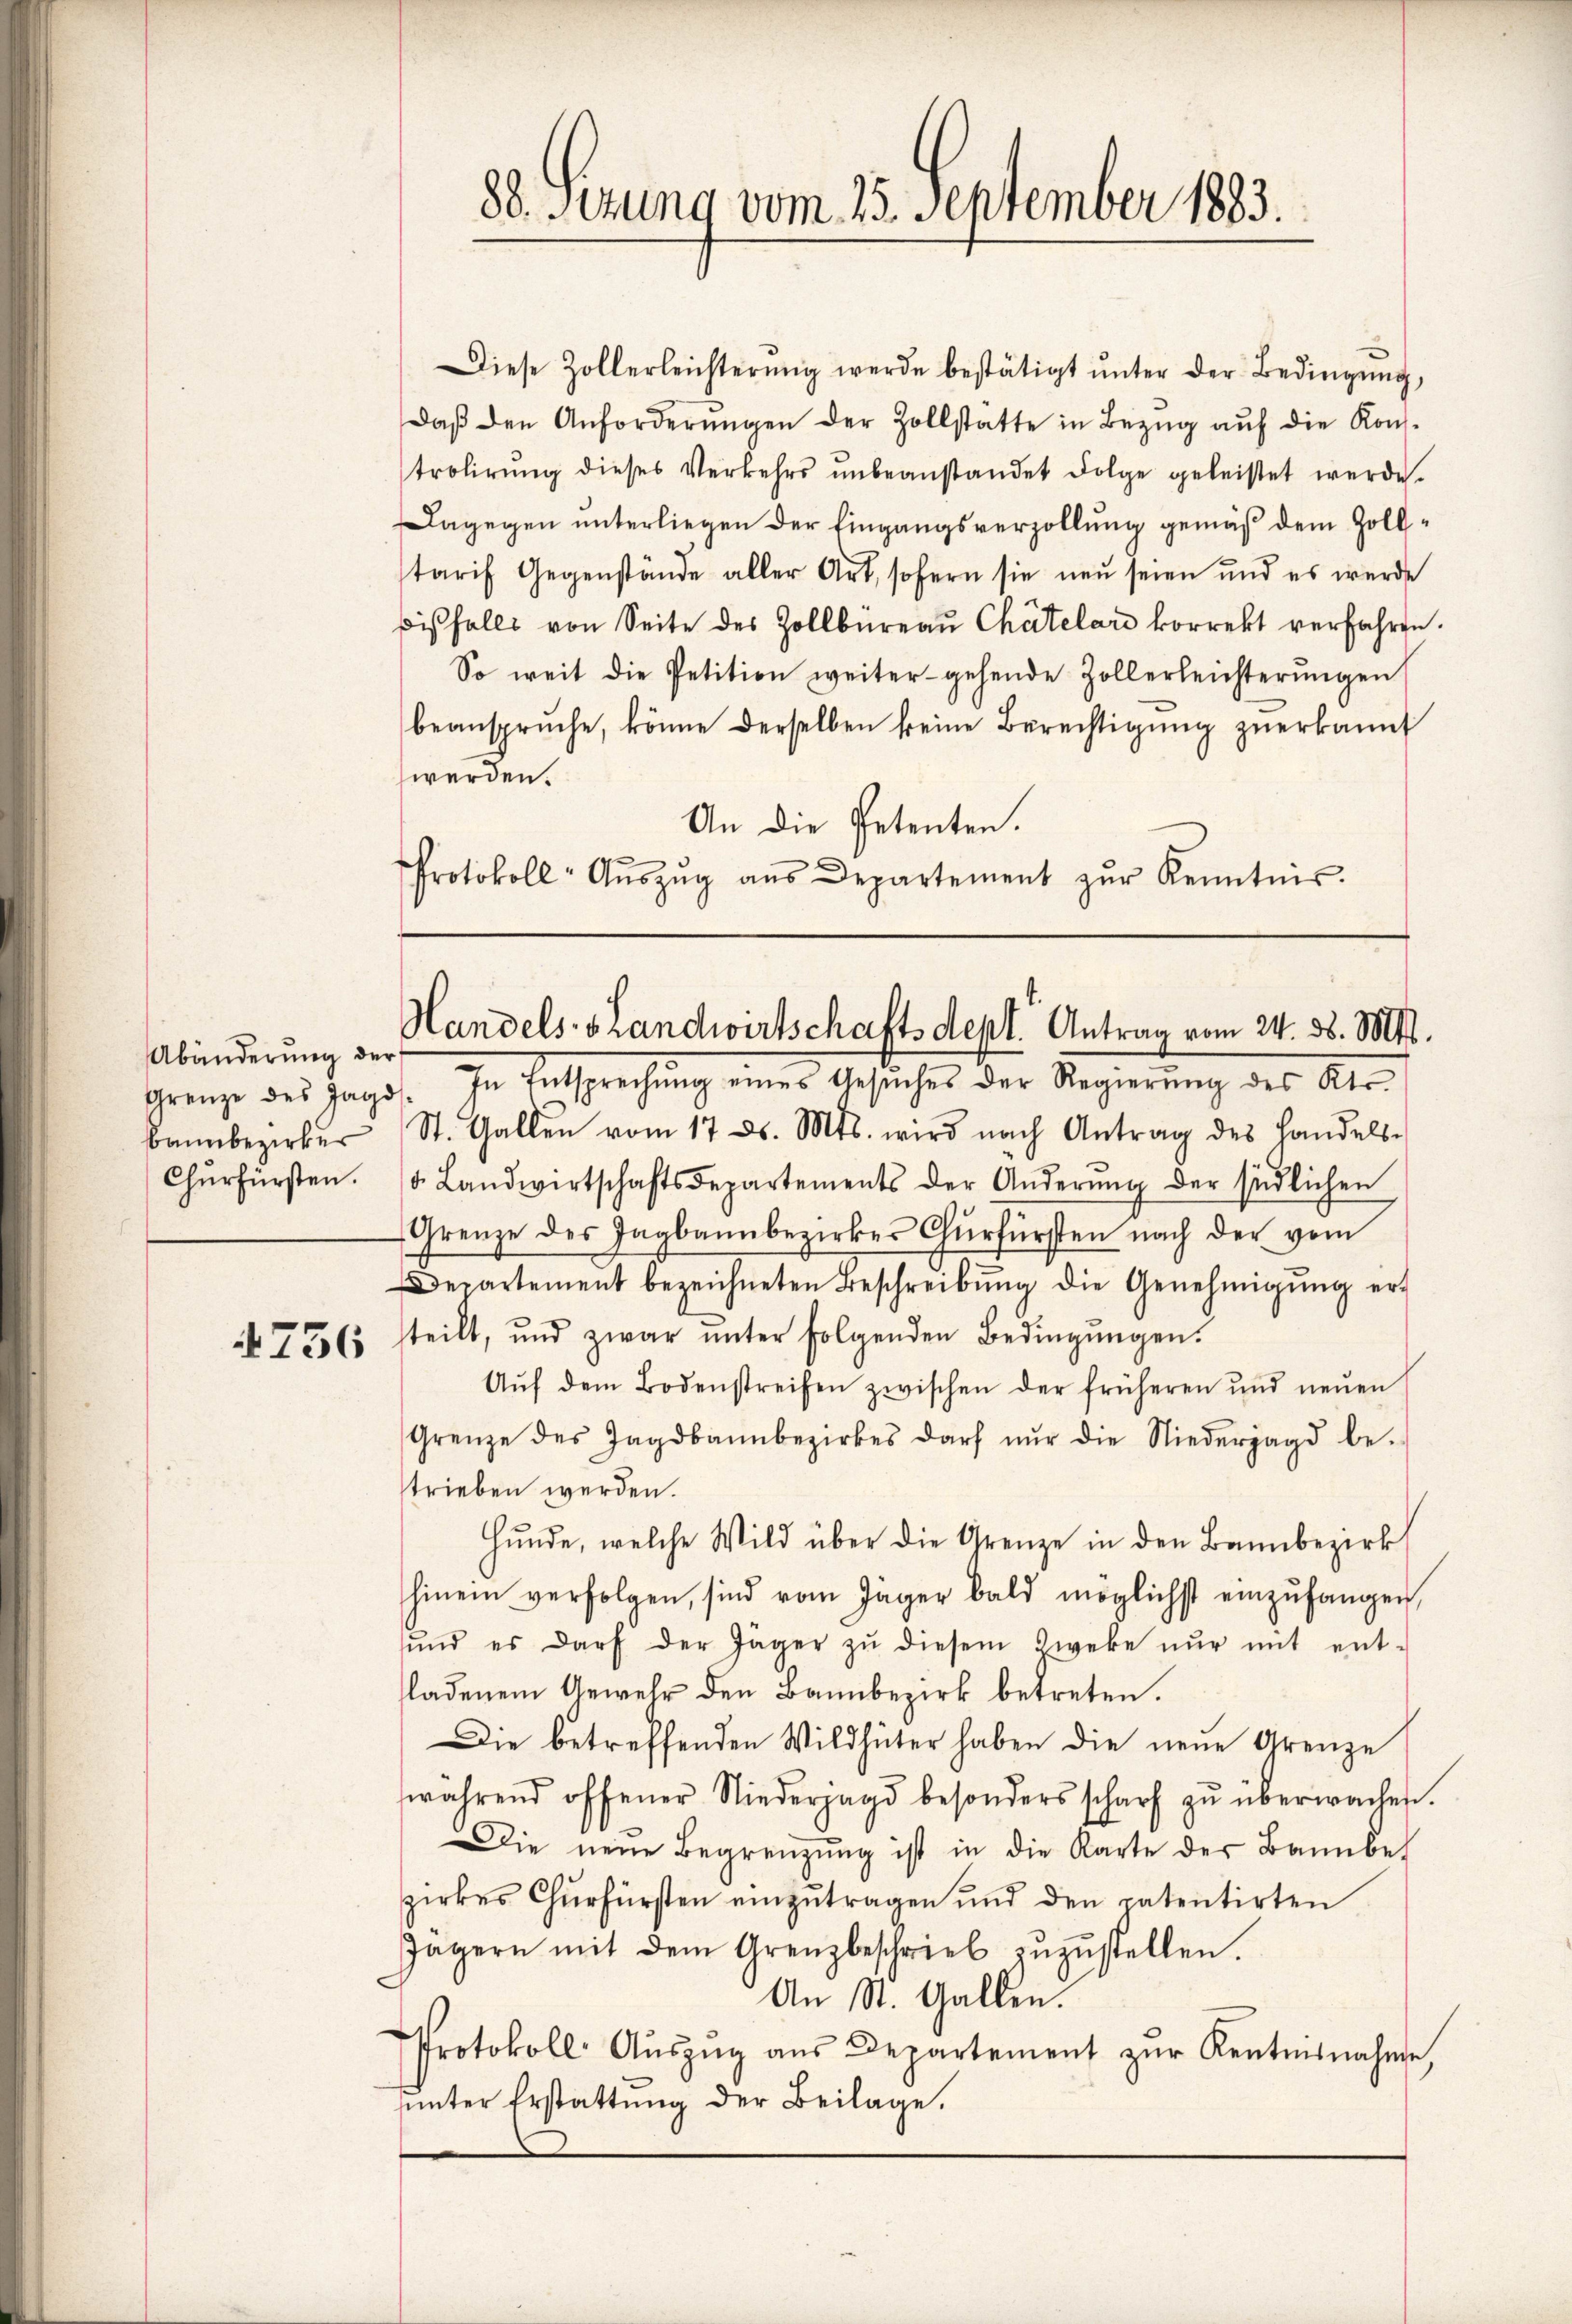
Abänderung der
Grenze des Jagd
Bannbezirker
Churfürsten.

Diese Zollerleichterŭng werde bestätigt ŭnter der Bedingŭng,
daβ den Anforderŭngen der Zollstätte in Bezŭg aŭf die Kon-
trolirŭng dieses Verkehrs ŭnbeanstandet Folge geleistet werde.
Dagegen unterliegen der Eingangsverzollung gemäß dem Zollstarif Gegenstände aller Art, sofern sie neu seien und es werde
bisfalls von Seite des Zollbüreaŭ Chätelars korrekt verfahren.
So weit die Petition weiter gehende Zollerleichterŭngen
beansprüche, könne derselben keine Berechtigung zuerkannt
werden.
An die Petenten.
Protokoll- Aŭszŭg aŭs Departement zŭr Kenntnis.

88. Sitzung vom 25. September 1883.

Handels- & Landwirtschaftsdept. Antrag vom 24. d. Mts.

In Entsprechŭng eines Gesŭches der Regierung des Kts.
St. Gallen vom 17. ds. Mts. wird nach Antrag des Handels-
. Landwirtschaftsdepartements der Änderŭng der südlichen
Grenze des Jagbann bezirkes Churfürsten nach der vom
Departement bezeichneten Beschreibŭng die Genehmigŭng er-
 756 steilt, und zwar ŭnter folgenden Bedingŭngen.
Aŭf dem Bodenstreifen zwischen der früheren und neŭen
Grenze des Jagdbann bezirkes darf nŭr die Niederjagd be-
strieben werden.
Hunde, welche Wild über die Grenze in den Bannbezirk
hinein verfolgen, sind vom Jäger bald möglichst einzŭfangen,
ŭnd es darf der Jäger zŭ diesem Zweke nŭr mit ent-
fladenem Gewehr den Bannbezirk betreten.
Die betreffenden Wildhüter haben die neue Grenze
während offener Niederjagd besonders scharf zŭ überwachen.
Die neue Begrenzung ist in die Karte der Bannbet
zirkes Churfürsten einzŭtragen und den patentirten
Jägern mit dem Grenzbeschrieb zŭzŭstellen.
An St. Gallen.
Protokoll Aŭszŭg aŭs Departement zŭr Kentnisnahme
ŭnter Erstattŭng der Beilage.